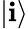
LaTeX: \lvert\mathbf{i}\rangle